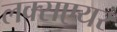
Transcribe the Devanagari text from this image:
लक्सएयर